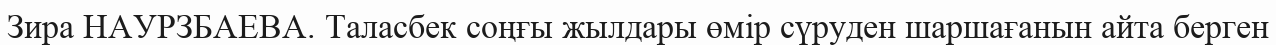
Зира НАУРЗБАЕВА. Таласбек соңғы жылдары өмір сүруден шаршағанын айта берген